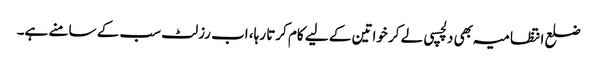
ضلع انتظامیہ بھی دلچسپی لے کر خواتین کے لیے کام کرتا رہا، اب رزلٹ سب کے سامنے ہے۔